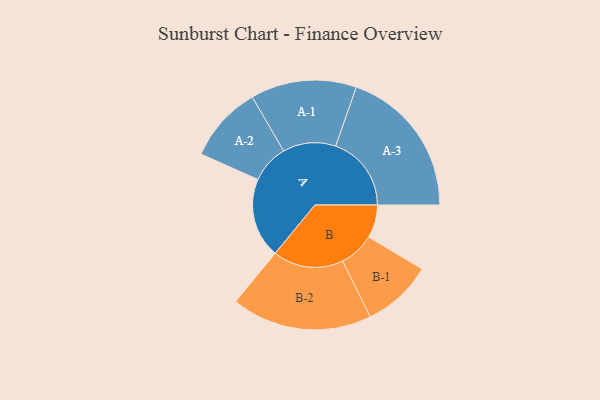
{"axis": {"x": "Segment", "y": "Value"}, "legend": ["", "A", "B"], "data": [{"x": "A", "y": 288, "type": ""}, {"x": "B", "y": 119, "type": ""}, {"x": "A-1", "y": 191, "type": "A"}, {"x": "A-2", "y": 138, "type": "A"}, {"x": "A-3", "y": 273, "type": "A"}, {"x": "B-1", "y": 127, "type": "B"}, {"x": "B-2", "y": 254, "type": "B"}]}